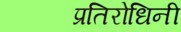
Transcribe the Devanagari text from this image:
प्रतिरोधिनी